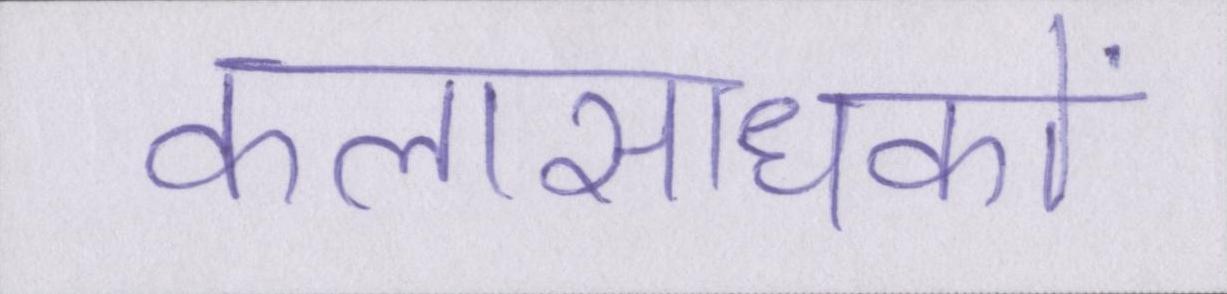
कलासाधकों